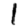
Digit: 1